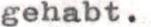
gehabt.